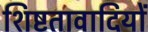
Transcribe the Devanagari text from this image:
शिष्टतावादियों